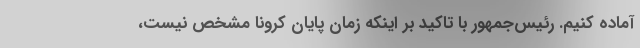
آماده کنیم. رئیس‌جمهور با تاکید بر اینکه زمان پایان کرونا مشخص نیست،